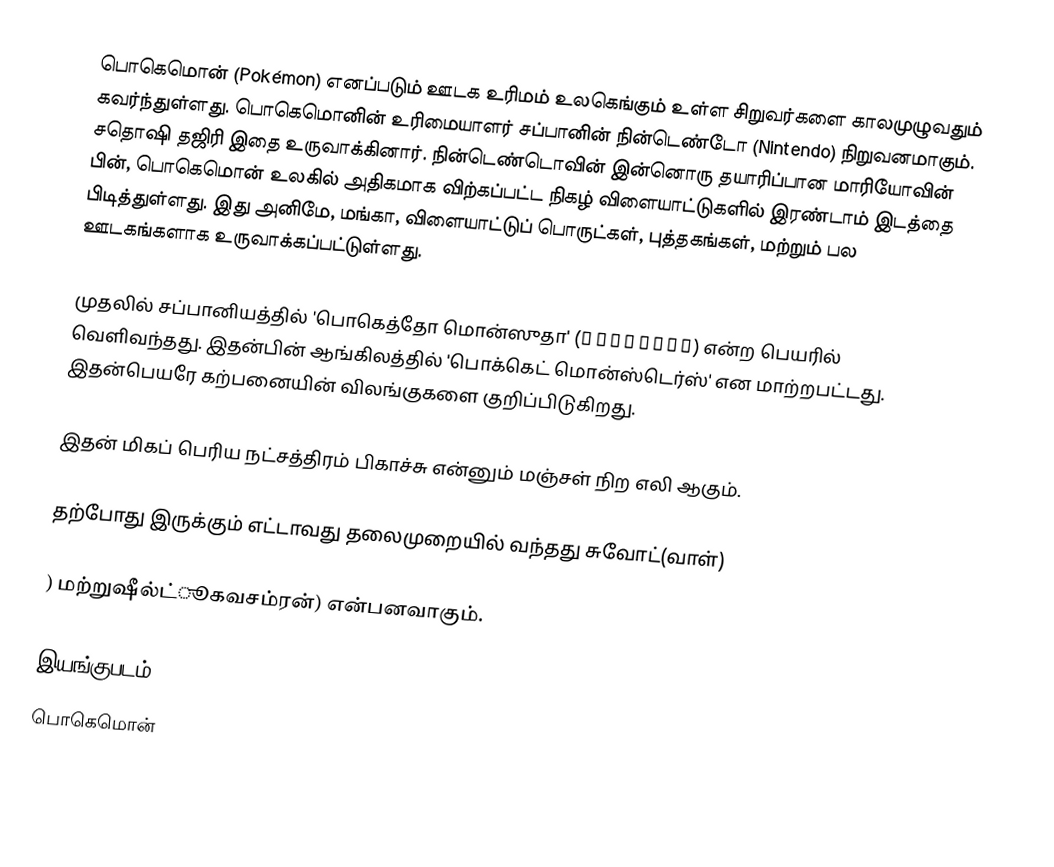
பொகெமொன் (Pokémon) எனப்படும் ஊடக உரிமம் உலகெங்கும் உள்ள சிறுவர்களை காலமுழுவதும் கவர்ந்துள்ளது. பொகெமொனின் உரிமையாளர் சப்பானின் நின்டெண்டோ (Nintendo) நிறுவனமாகும். சதொஷி தஜிரி இதை உருவாக்கினார். நின்டெண்டொவின் இன்னொரு தயாரிப்பான மாரியோவின் பின், பொகெமொன் உலகில் அதிகமாக விற்கப்பட்ட நிகழ் விளையாட்டுகளில் இரண்டாம் இடத்தை பிடித்துள்ளது. இது அனிமே, மங்கா, விளையாட்டுப் பொருட்கள், புத்தகங்கள், மற்றும் பல ஊடகங்களாக உருவாக்கப்பட்டுள்ளது.

முதலில் சப்பானியத்தில் 'பொகெத்தோ மொன்ஸுதா' (ポケットモンスタ) என்ற பெயரில் வெளிவந்தது. இதன்பின் ஆங்கிலத்தில் 'பொக்கெட் மொன்ஸ்டெர்ஸ்' என மாற்றபட்டது. இதன்பெயரே கற்பனையின் விலங்குகளை குறிப்பிடுகிறது.

இதன் மிகப் பெரிய நட்சத்திரம் பிகாச்சு என்னும் மஞ்சள் நிற எலி ஆகும்.

தற்போது இருக்கும் எட்டாவது தலைமுறையில் வந்தது சுவோட்(வாள்)

) மற்றுஷீல்ட்ூகவசம்ரன்) என்பனவாகும்.

இயங்குபடம்
பொகெமொன்